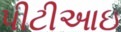
પીટીઆઇ